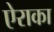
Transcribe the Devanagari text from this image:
ऐराका